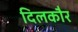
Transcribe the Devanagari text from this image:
दिलकौर